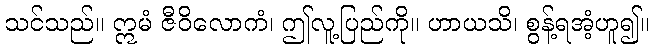
သင်သည်။ ဣမံ ဇီဝိလောကံ၊ ဤလူ့ပြည်ကို။ ဟာယသိ၊ စွန့်ရအံ့ဟူ၍။